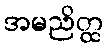
အမညိတ္ထ